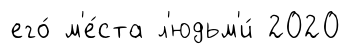
его́ м'е́ста л'юдьм'и́ 2020